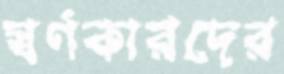
স্বর্ণকারদের